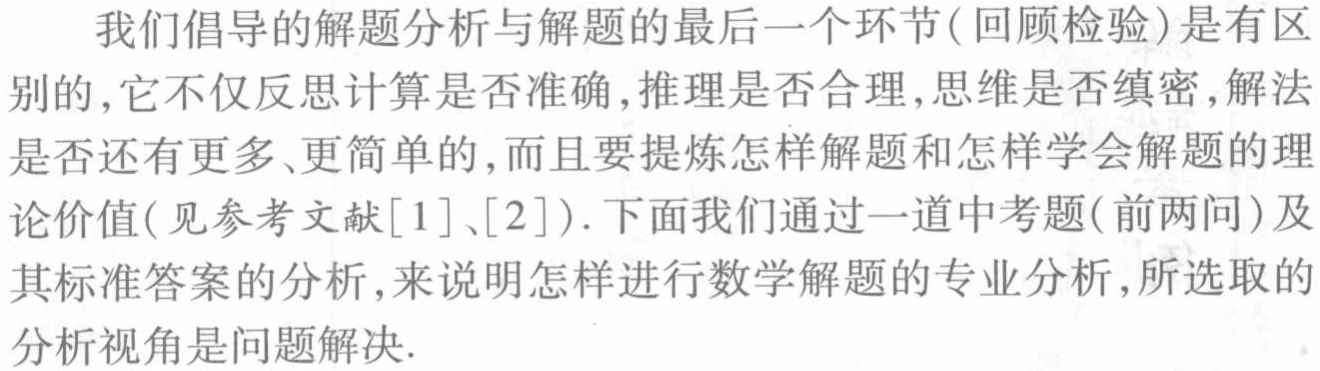
我们倡导的解题分析与解题的最后一个环节(回顾检验)是有区别的,它不仅反思计算是否准确,推理是否合理,思维是否缜密,解法是否还有更多、更简单的,而且要提炼怎样解题和怎样学会解题的理论价值(见参考文献[1]、[2]).下面我们通过一道中考题(前两问)及其标准答案的分析,来说明怎样进行数学解题的专业分析,所选取的分析视角是问题解决.